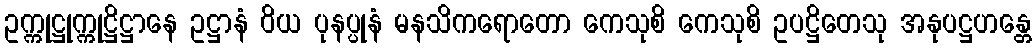
ဥက္ကုဋ္ဌုက္ကုဋ္ဌိဋ္ဌာနေ ဥဋ္ဌာနံ ဝိယ ပုနပ္ပုနံ မနသိကရောတော ကေသုစိ ကေသုစိ ဥပဋ္ဌိတေသု အနုပဋ္ဌဟန္တေ